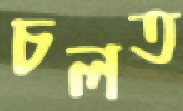
চলত